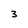
Character: 3